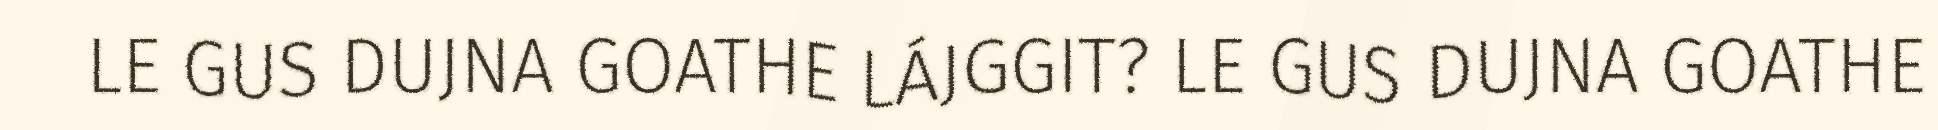
LE GUS DUJNA GOATHE LÁJGGIT? LE GUS DUJNA GOATHE